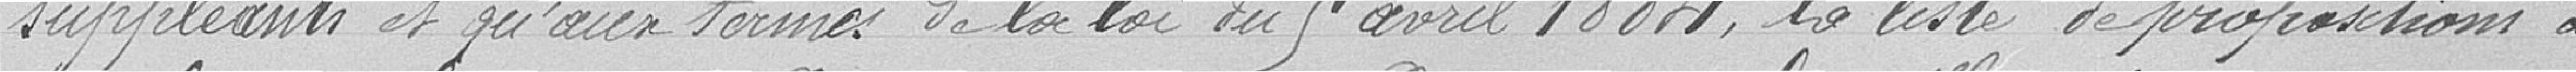
suppléants et qu'aux termes de la loi du 9 avril 1884, la liste de propositions à